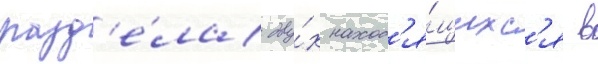
разд'е́ла дву́х наход'я́щихс'я в